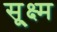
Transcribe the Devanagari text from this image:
सू्क्ष्म